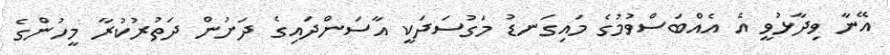
އޭނާ ވިދާޅުވީ އެ އެއްބަސްވުމުގެ މައިގަނޑު މަގުސަދަކީ އާސަންދައިގެ ދަށުން ދަތުރުކުރާ މީހުންގެ